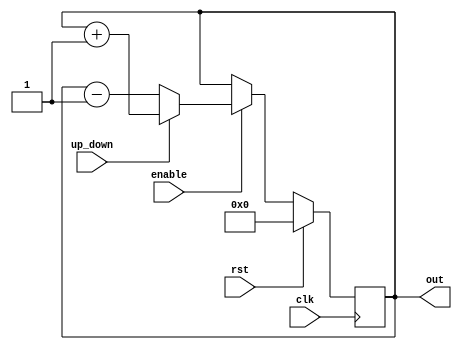
module counter_bidir #(
    parameter LENGTH = 8
  )(
    input clk,
    input enable,
    input rst,
    input up_down,
    output [LENGTH-1:0] out
  );

  reg [LENGTH-1:0] ctr_d, ctr_q;
  assign out = ctr_q;

  always @(*) begin
    if (up_down) begin
      ctr_d = ctr_q + 1'b1;
    end else begin
      ctr_d = ctr_q - 1'b1;
    end
  end

  always @(posedge clk) begin
    if (rst) begin
      ctr_q <= {LENGTH{1'b0}};
    end else if (enable) begin
      ctr_q <= ctr_d;
    end
  end

endmodule // counter_bidir